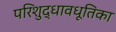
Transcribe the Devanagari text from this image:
परिशुद्धावधूतिका